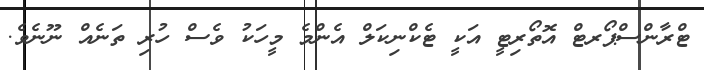
ޓްރާންސްޕޯރޓް އޮތޯރިޓީ އަކީ ޓެކްނިކަލް އެންމެ މީހަކު ވެސް ހުރި ތަނެއް ނޫނެވެ.